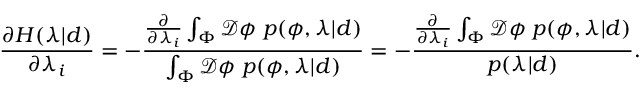
\frac { \partial H ( \lambda | d ) } { \partial \lambda _ { i } } = - \frac { \frac { \partial } { \partial \lambda _ { i } } \int _ { \Phi } \mathcal { D } \phi \; p ( \phi , \lambda | d ) } { \int _ { \Phi } \mathcal { D } \phi \; p ( \phi , \lambda | d ) } = - \frac { \frac { \partial } { \partial \lambda _ { i } } \int _ { \Phi } \mathcal { D } \phi \; p ( \phi , \lambda | d ) } { p ( \lambda | d ) } .